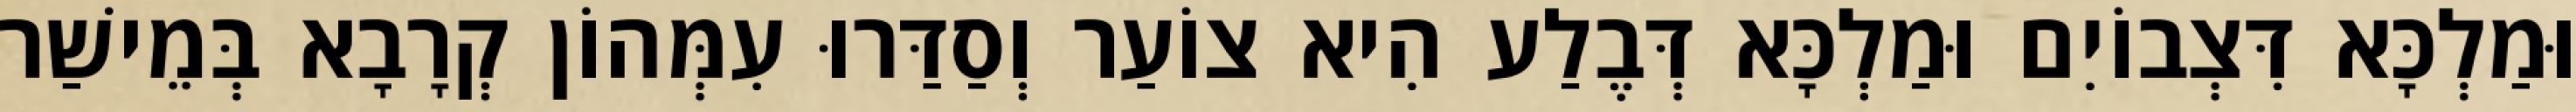
וּמַלְכָּא דִּצְבוֹיִם וּמַלְכָּא דְּבֶלַע הִיא צוֹעַר וְסַדַּרוּ עִמְּהוֹן קְרָבָא בְּמֵישַׁר